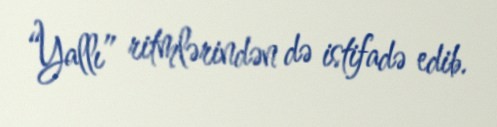
“Yallı” ritmlərindən də istifadə edib.